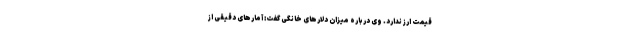
قیمت ارز ندارد. وی درباره میزان دلارهای خانگی گفت: آمارهای دقیقی از